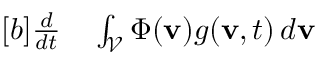
\begin{array} { r } { \begin{array} { r l } { [ b ] \frac { d } { d t } } & { { } \int _ { \mathcal { V } } \Phi ( \mathbf { v } ) g ( \mathbf { v } , t ) \, d \mathbf { v } } \end{array} } \end{array}